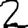
Digit: 2